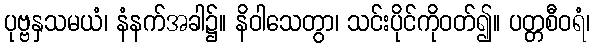
ပုဗ္ဗနှသမယံ၊ နံနက်အခါ၌။ နိဝါသေတွာ၊ သင်းပိုင်ကိုဝတ်၍။ ပတ္တစီဝရံ၊